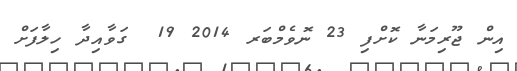
އިން ޖޫރިމަނާ ކޮށްފި 23 ނޮވެމްބަރ 2014 19  ގަވާއިދާ ހިލާފަށް